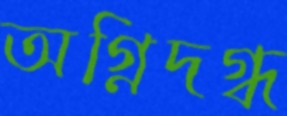
অগ্নিদগ্ধ